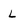
Character: L